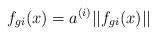
LaTeX: \begin{align*}f_{gi}(x)=a^{(i)}||f_{gi}(x)||\end{align*}